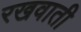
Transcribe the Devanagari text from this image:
रखवाती